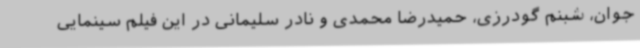
جوان، شبنم گودرزی، حمیدرضا محمدی و نادر سلیمانی در این فیلم سینمایی